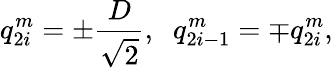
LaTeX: q_{2i}^{m}=\pm\frac{D}{\sqrt{2}},\; \; q_{2i-1}^{m}=\mp q_{2i}^{m},